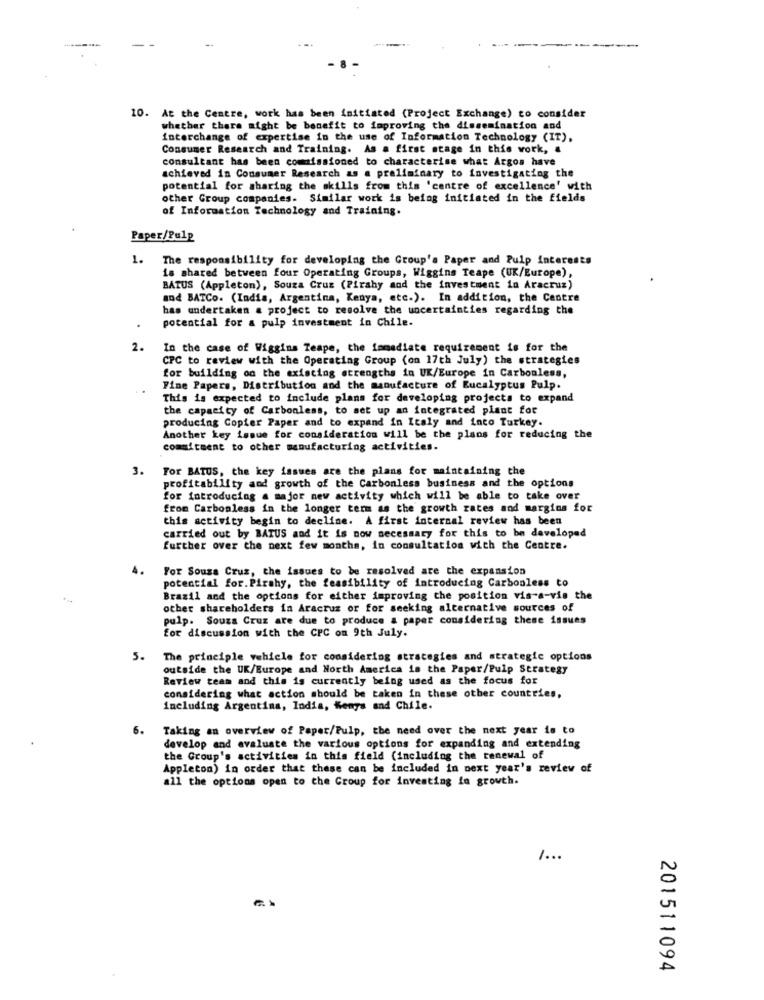
10. At the Centre, work has been initiated (Project Exchange) to consider
whether there might be benefit to improving the dissemination and
interchange of expertise in the use of Information Technology (IT),
Consumer Research and Training. As a first stage in this work, &
consultant has been commissioned to characterise what Argos have
achieved in Consumer Research as a preliminary to investigating the
potential for sharing the skills from this 'centre of excellence' with
other Group companies. Similar work is being initiated in the fields
of Information Technology and Training.
Paper/Pulp
1. The responsibility for developing the Group's Paper and Pulp Interests
is shared between four Operating Groups, Wiggins Teape (UK/Europe),
BATUS (Appleton), Souza Cruz (Pirahy and the investment in Aracruz)
and BATCo. (India, Argentina, Kenya, etc.). In addition, the Centre
has undertaken & project to resolve the uncertainties regarding the
potential for a pulp investment in Chile.
2.
In the case of Wiggins Teape, the immediate requirement is for the
CPC to review with the Operating Group (on 17th July) the strategies
for building on the existing strengths in UK/Europe in Carbonless,
Fine Papers, Distribution and the manufacture of Eucalyptus Pulp.
This is expected to include plans for developing projects to expand
the capacity of Carbonless, to set up an integrated plant for
producing Copier Paper and to expand in Italy and into Turkey.
Another key issue for consideration will be the plans for reducing the
commitment to other manufacturing activities.
3.
For BATUS, the key issues are the plans for maintaining the
profitability and growth of the Carbonless business and the options
for introducing a major new activity which will be able to take over
from Carbonless in the longer term as the growth rates and margins for
this activity begin to decline. A first internal review has been
carried out by BATUS and it is now necessary for this to be developed
further over the next few months, in consultation with the Centre.
4.
For Souza Cruz, the issues to be resolved are the expansion
potential for. Pirahy, the feasibility of introducing Carbonless to
Brazil and the options for either improving the position vis-a-vis the
other shareholders in Aracruz or for seeking alternative sources of
pulp. Souza Cruz are due to produce a paper considering these issues
for discussion with the CPC om 9th July.
5.
The principle vehicle for considering strategies and strategic options
outside the UK/Europe and North America is the Paper/Pulp Strategy
Review team and this is currently being used as the focus for
considering what action should be taken in these other countries,
including Argentina, India, Kenya and Chile.
6.
Taking an overview of Paper/Pulp, the need over the next year is to
develop and evaluate the various options for expanding and extending
the Group's activities in this field (including the renewal of
Appleton) in order that these can be included in next year's review of
all the options open to the Group for investing fa growth.
1 ...
201511094